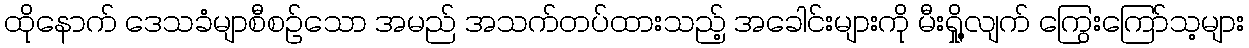
ထိုနောက် ဒေသခံမျာစီစဉ်သော အမည် အသက်တပ်ထားသည့် အခေါင်းများကို မီးရှို့လျက် ကြွေးကြော်သ့များ